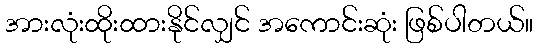
အားလုံးထိုးထားနိုင်လျှင် အကောင်းဆုံး ဖြစ်ပါတယ်။